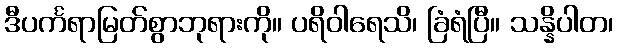
ဒီပင်္ကရာမြတ်စွာဘုရားကို။ ပရိဝါရေသိ၊ ခြံရံပြီ။ သန္နိပါတ၊